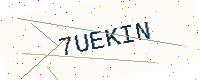
Text: 7UEKIN